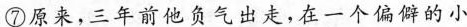
⑦原来，三年前他负气出走，在一个偏僻的小